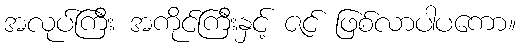
အလုပ်ကြီး အကိုင်ကြီးနှင့် ဇင် ဖြစ်လာပါပကော။